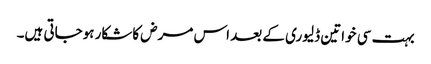
بہت سی خواتین ڈلیوری کے بعد اس مرض کاشکار ہوجاتی ہیں۔